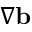
\nabla { \mathbf b }